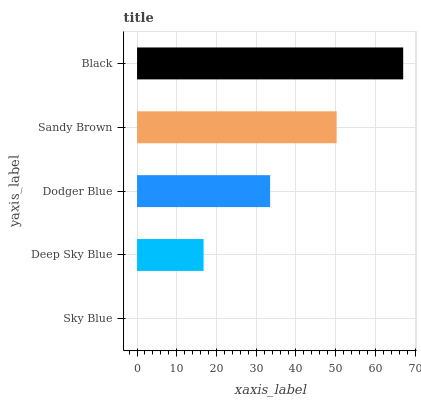
| yaxis_label | bars |
 | --- | --- |
 | Sky Blue | 0 |
 | Deep Sky Blue | 16.7 |
 | Dodger Blue | 33.5 |
 | Sandy Brown | 50.2 |
 | Black | 67 |